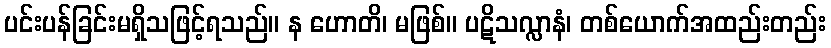
ပင်းပန်ခြင်းမရှိသဖြင့်ရသည်။ န ဟောတိ၊ မဖြစ်။ ပဋိသလ္လာနံ၊ တစ်ယောက်အထည်းတည်း